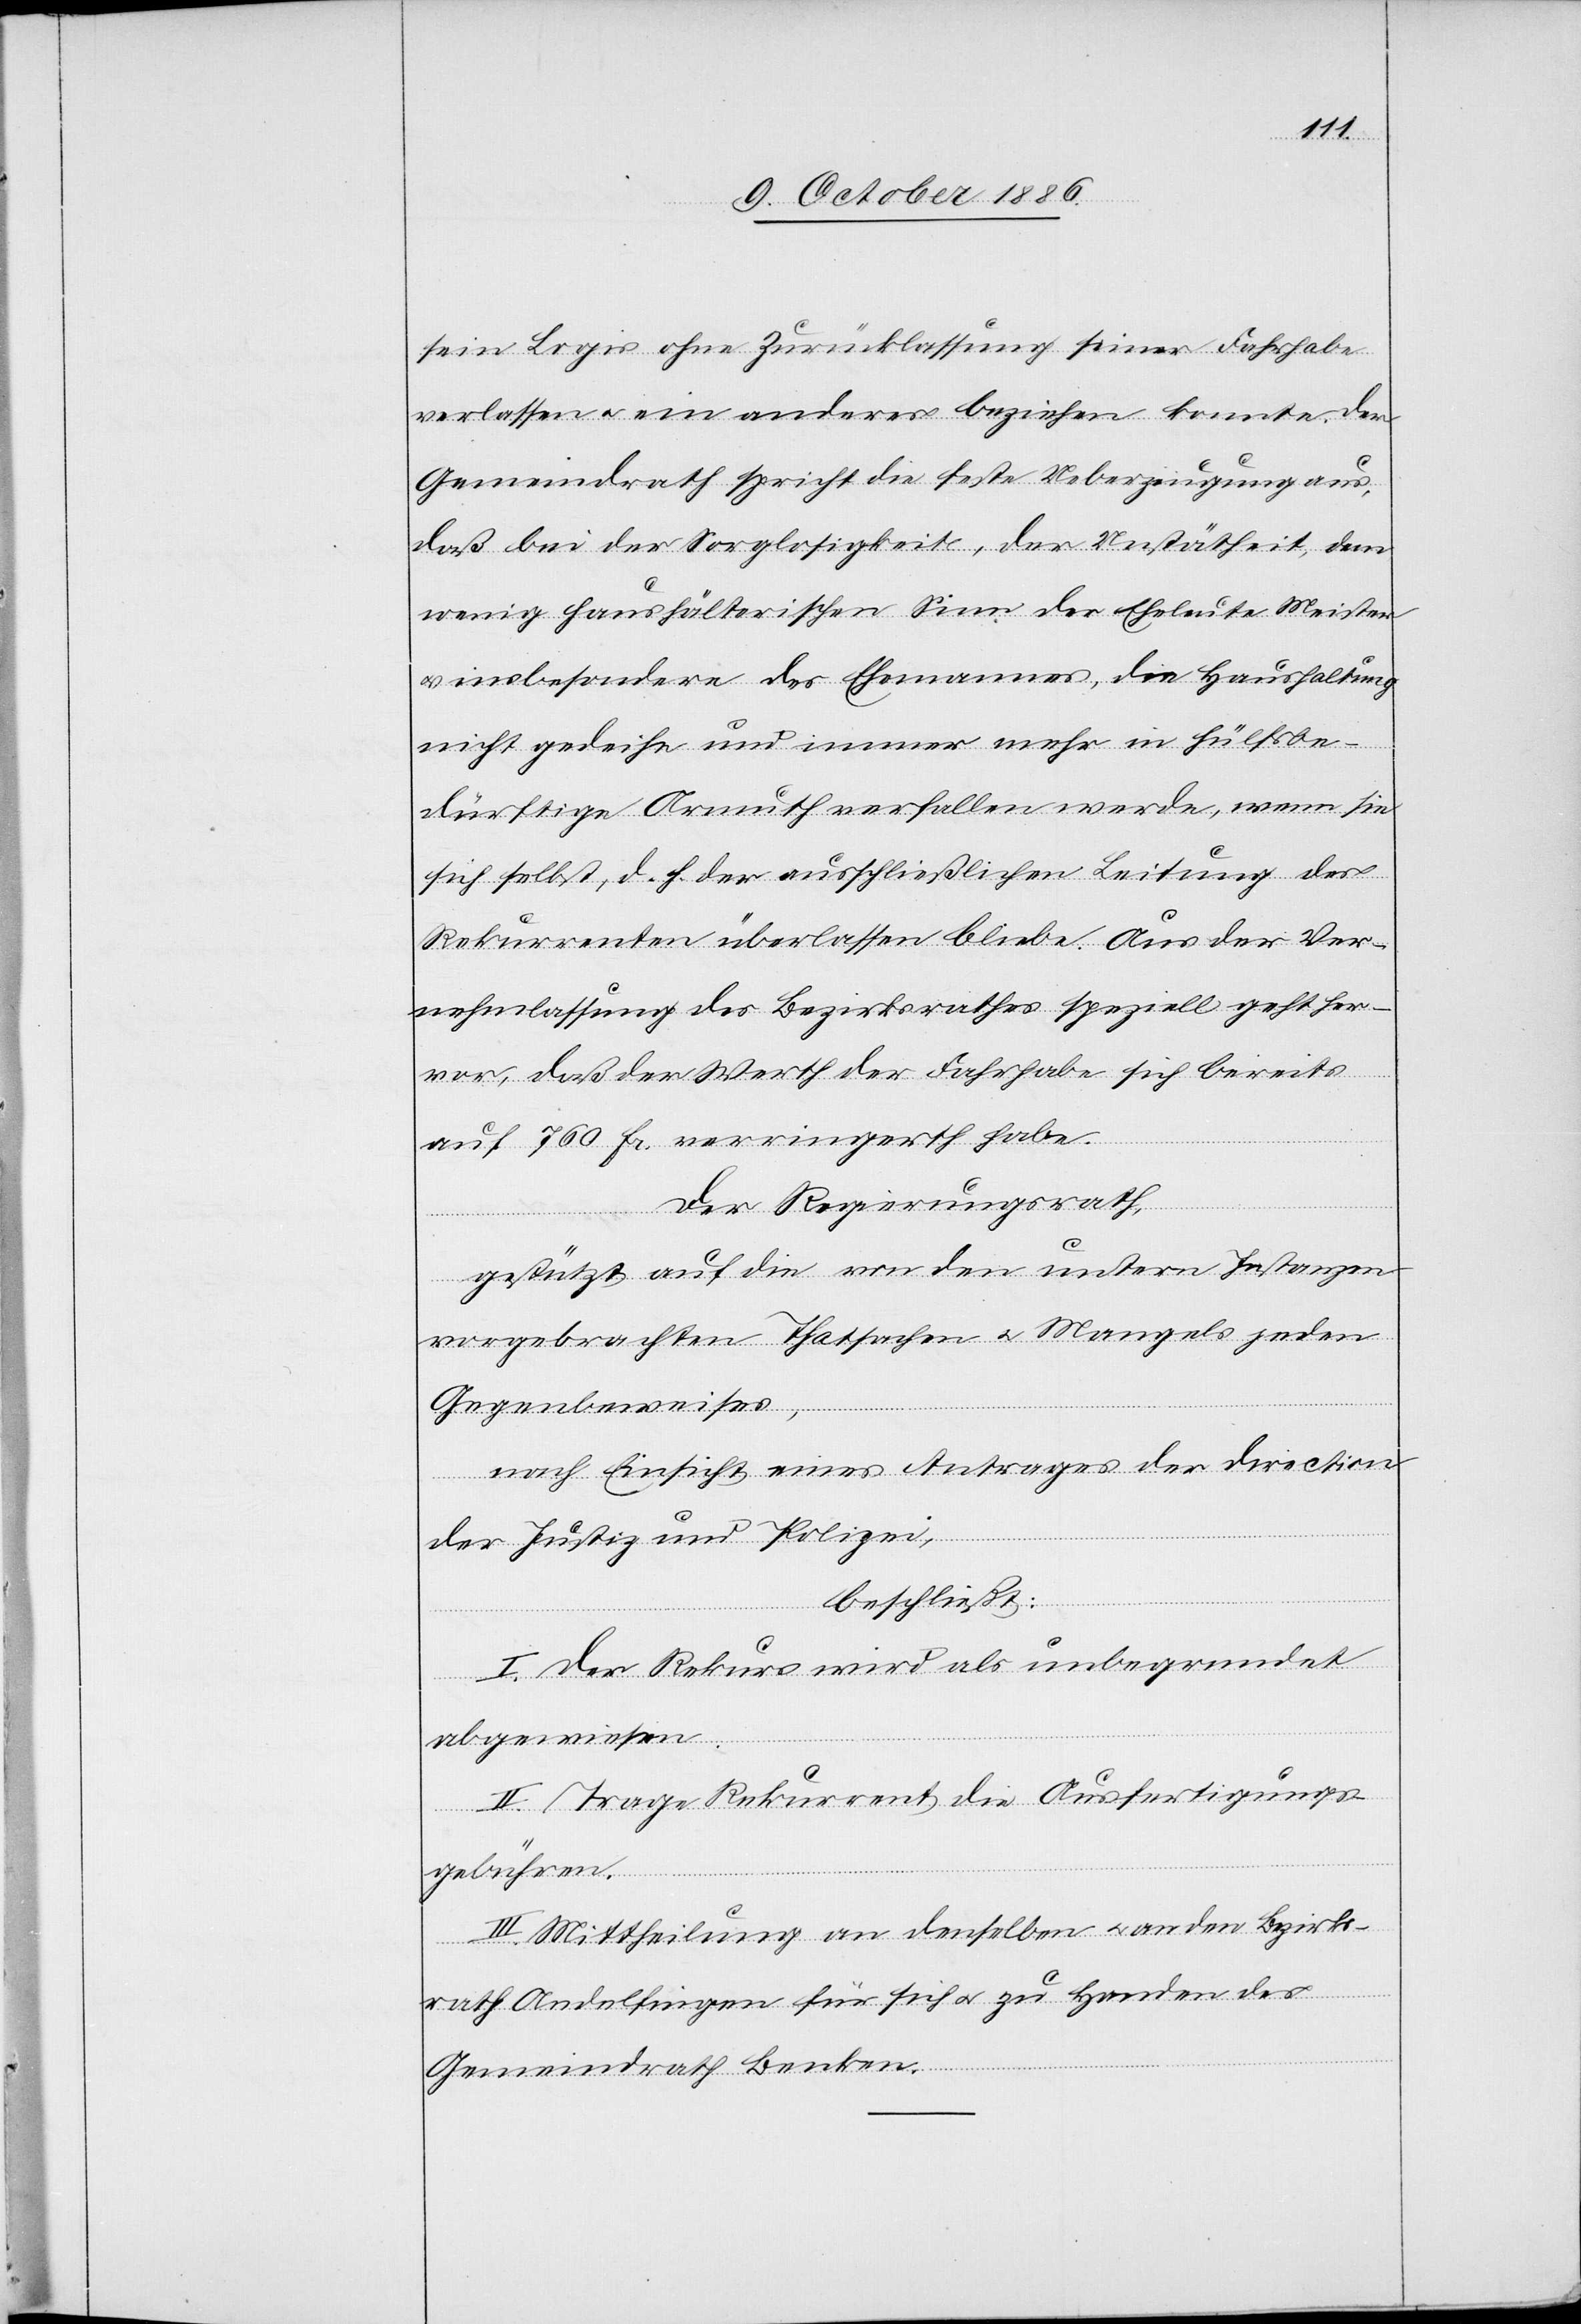
sein Logis ohne Zurücklassung seiner Fahrhabe
verlassen & ein anderes beziehen konnte. Der
Gemeindrath spricht die feste Ueberzeugung aus,
daß bei der Sorglosigkeit, der Untätheit, dem
wenig haushälterischen Sinn der Eheleute Meister
& insbesondere des Ehemannes, die Haushaltung
nicht gedeihe und immer mehr in hülfsbe¬
dürftige Armuth verfallen werde, wenn sie
sich selbst, d. h. der ausschließlichen Leitung des
Rekurrenten überlassen bliebe. Aus der Ver¬
nehmlassung des Bezirksrathes speziell geht her¬
vor, daß der Werth der Fahrhabe sich bereits
auf 760 Fr. verringerth habe.
Der Regierungsrath,
gestützt auf die von den untern Instanzen
vorgebrachten Thatsachen & Mangels jeden
Gegenbeweises,
nach Einsicht eines Antrages der Direction
der Justiz und Polizei,
beschließt:
I. Der Rekurs wird als unbegrundet
abgewiesen.
II. Trage Rekurrent die Ausfertigungs¬
gebühren.
III. Mittheilung an denselben & an den Bezirks¬
rath Andelfingen für sich & zu Handen des
Gemeindrath[es] Benken.